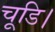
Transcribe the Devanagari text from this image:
चूडि।